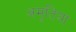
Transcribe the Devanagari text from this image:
अमृतिया